Leprosy in India: report of the Leprosy Commission in India, 1890-91
Year: 1890
Disease focus: Leprosy
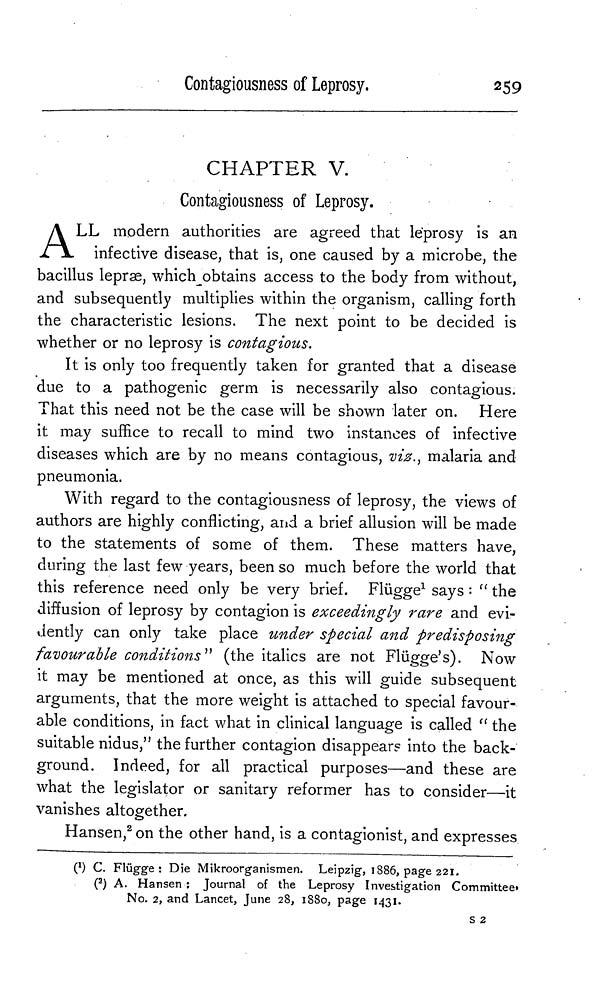
Contagiousness of Leprosy,
259
CHAPTER V.
Contagiousness of Leprosy.
A LL modern authorities are agreed that leprosy is an
infective disease, that is, one caused by a microbe, the
bacillus lepræ, which obtains access to the body from without,
and subsequently multiplies within the organism, calling forth
the characteristic lesions. The next point to be decided is
whether or no leprosy is contagious.
It is only too frequently taken for granted that a disease
due to a pathogenic germ is necessarily also contagious.
That this need not be the case will be shown later on. Here
it may suffice to recall to mind two instances of infective
diseases which are by no means contagious, viz., malaria and
pneumonia.
With regard to the contagiousness of leprosy, the views of
authors are highly conflicting, and a brief allusion will be made
to the statements of some of them. These matters have,
during the last few years, been so much before the world that
this reference need only be very brief. Flügge 1 says : " the
diffusion of leprosy by contagion is exceedingly rare and evi-
dently can only take place under special and predisposing
favourable conditions" (the italics are not Flügge's). Now
it may be mentioned at once, as this will guide subsequent
arguments, that the more weight is attached to special favour-
able conditions, in fact what in clinical language is called " the
suitable nidus," the further contagion disappears into the back-
ground. Indeed, for all practical purposes—and these are
what the legislator or sanitary reformer has to consider—it
vanishes altogether.
Hansen, 2 on the other hand, is a contagionist, and expresses
( 1 ) C. Flügge: Die Mikroorganismen. Leipzig, 1886, page 221.
( 2 ) A. Hansen : Journal of the Leprosy Investigation Committee»
No. 2, and Lancet, June 28, 1880, page 1431.
s 2